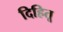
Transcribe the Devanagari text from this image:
दिहितू